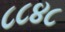
૮૮૪૮